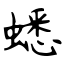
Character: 蟋